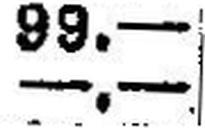
—.—